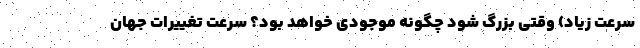
سرعت زیاد) وقتی بزرگ شود چگونه موجودی خواهد بود؟ سرعت تغییرات جهان